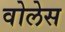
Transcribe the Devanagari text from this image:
वोलेस